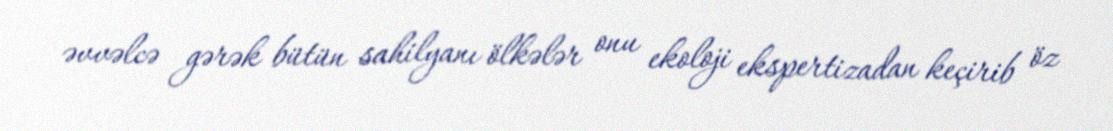
əvvəlcə gərək bütün sahilyanı ölkələr onu ekoloji ekspertizadan keçirib öz